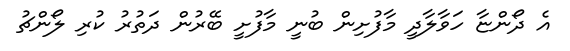
އެ ދޯންޏާ ހަވާލާދީ މާފުށިން ބުނީ މާފުށީ ބޭރުން ދަތުރު ކުރި ލޯންޗު